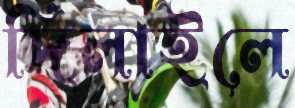
দিলাইলে